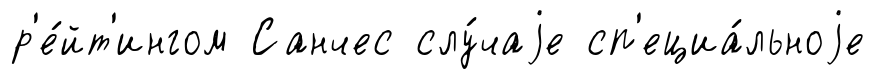
р'е́йт'ингом Санчес слу́чаjе сп'ециа́льноjе